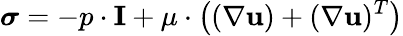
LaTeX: {\boldsymbol{\sigma}}=-p\cdot\mathbf{I}+\mu\cdot\left((\nabla\mathbf{u})+(\nabla\mathbf{u})^{T}\right)